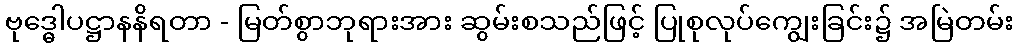
ဗုဒ္ဓေါပဋ္ဌာနနိရတာ - မြတ်စွာဘုရားအား ဆွမ်းစသည်ဖြင့် ပြုစုလုပ်ကျွေးခြင်း၌ အမြဲတမ်း